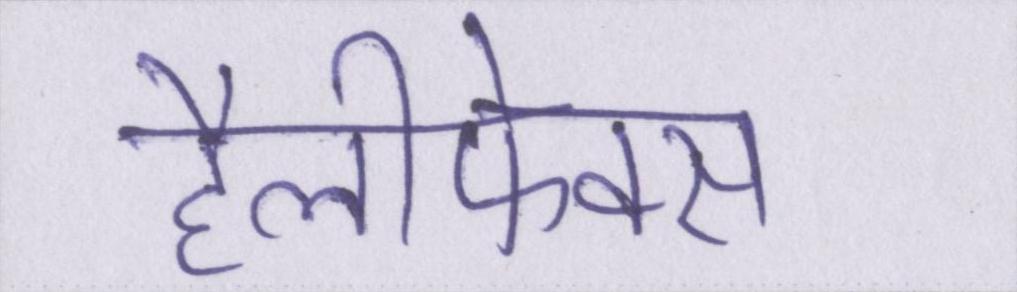
हैलीफेक्स